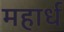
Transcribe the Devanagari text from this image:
महार्ध